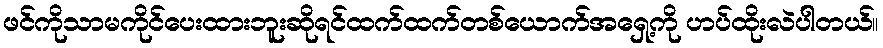
ဖင်ကိုသာမကိုင်ပေးထားဘူးဆိုရင်ထက်ထက်တစ်ယောက်အရှေ့ကို ဟပ်ထိုးလဲပါတယ်။